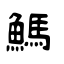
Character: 鰢